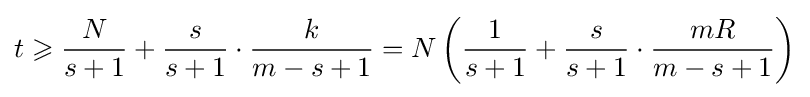
t\geqslant {\frac {N}{s+1}}+{\frac {s}{s+1}}\cdot {\frac {k}{m-s+1}}=N\left({\frac {1}{s+1}}+{\frac {s}{s+1}}\cdot {\frac {mR}{m-s+1}}\right)